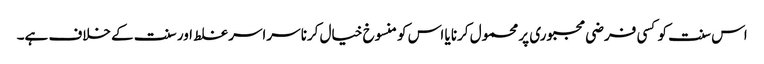
اس سنت کو کسی فرضی مجبوری پر محمول کرنا یا اس کو منسوخ خیال کرنا سراسر غلط اور سنت کے خلاف ہے۔